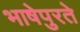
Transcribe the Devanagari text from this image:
भाषेपुरते